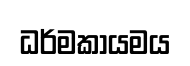
ධර්මකායමය